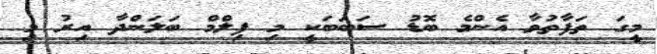
މީގަ ތަފާތުވާ އެންމެ ބޮޑު ސަބަބަކީ މި ފިލްމް ބަލަންދާ އިރު މި